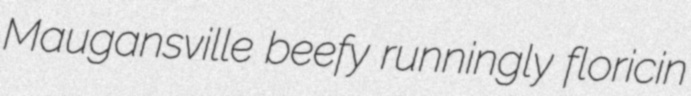
Maugansville beefy runningly floricin